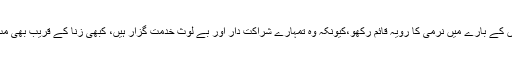
عورتوں کے بارے میں نرمی کا رویہ قائم رکھو،کیونکہ وہ تمہارے شراکت دار اور بے لوث خدمت گزار ہیں، کبھی زنا کے قریب بھی مت جانا۔